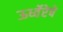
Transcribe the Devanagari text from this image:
ऊर्ध्वेरेषे